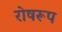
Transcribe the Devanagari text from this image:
रोषरूप